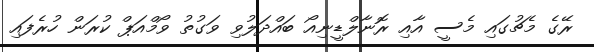
ރޭގެ މެޗުގައި މެސީ އާއި ރޮނާލްޑީނިއޯ ބައްދަލުވި ވަގުތު ވޯމްއަޕް ކުރަން ހުރެފައި